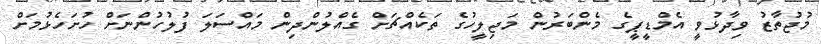
މުޖުތާޒު ވިދާޅުވީ އެމްޑީޕީގެ މެންބަރުން މަޖިލީހުގެ ތަކެއްޗަށް ގެއްލުންދިން މައްސަލަ ފުލުހުންނަށް ހުށަހެޅުމަށް